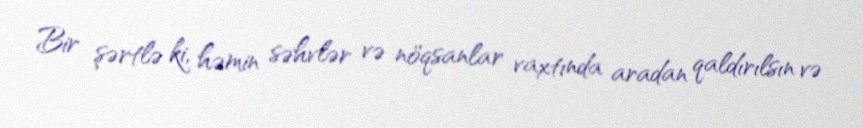
Bir şərtlə ki, həmin səhvlər və nöqsanlar vaxtında aradan qaldırılsın və